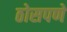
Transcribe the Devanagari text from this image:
ठोसपणे